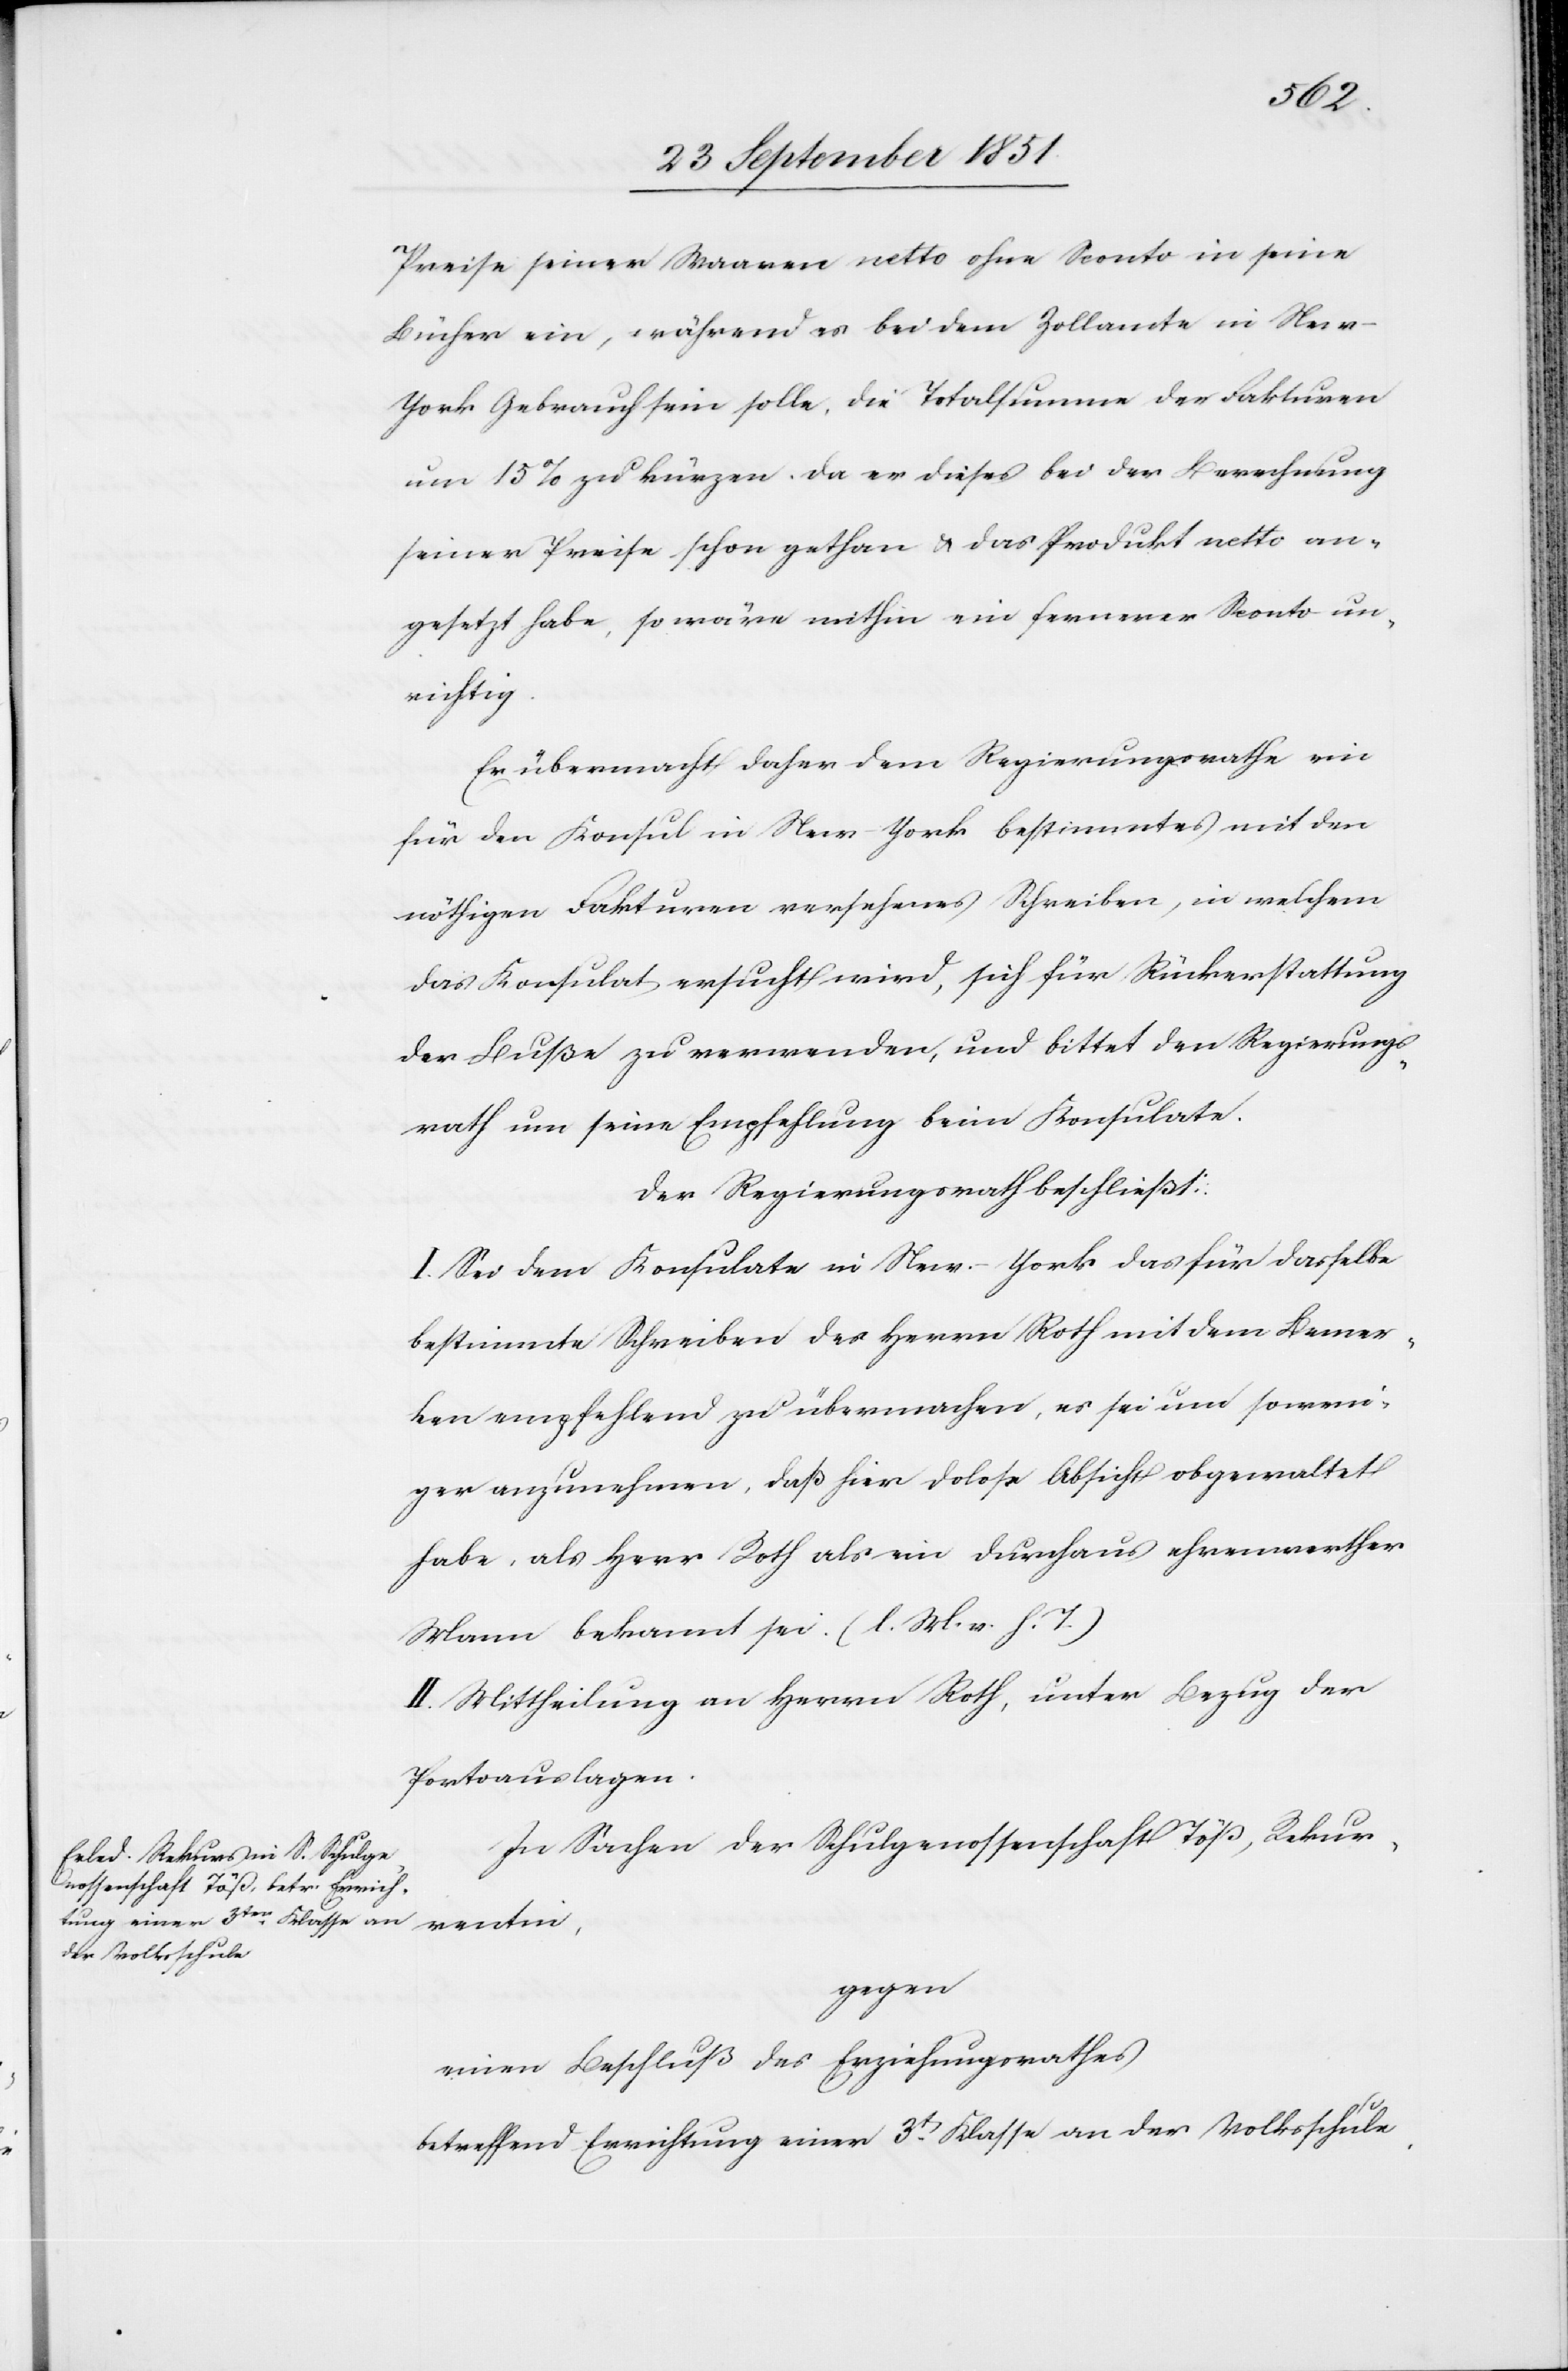
rentin,
Preise seiner Waaren netto ohne Sconto in seine
Bücher ein, während es bei dem Zollamte in Ne¬
w-York Gebrauch sein solle, die Totalsumme der Fakturen
um 15% zu kürzen. Da er dieses bei der Berechnung
seiner Preise schon gethan & das Produkt netto an¬
gesetzt habe, so wäre mithin ein fernerer Sconto un¬
richtig.
Er übermacht daher dem Regierungsrathe ein
für den Konsul in New-York bestimmtes mit den
nöthigen Fakturen versehenes Schreiben, in welchem
das Konsulat ersucht wird, sich für Rückerstattung
der Buße zu verwenden, und bittet den Regierungs¬
rath um seine Empfehlung beim Konsulate.
Der Regierungsrath beschließt:
I. Sei dem Konsulate in New-York das für dasselbe
bestimmte Schreiben des Herrn Roth mit dem Bemer¬
ken empfehlend zu übermachen, es sei um soweni¬
ger anzunehmen, daß hier dolose Absicht obgewaltet
habe, als Herr Roth als ein durchaus ehrenwerther
Mann bekannt sei. (l. M. v. h. T.)
II. Mittheilung an Herrn Roth, unter Bezug der
Portoauslagen.
In Sachen der Schulgenossenschaft Töß, Rekur¬
gegen
einen Beschluß des Erziehungsrathes
betreffend Errichtung einer 3t. Klasse an der Volksschule,